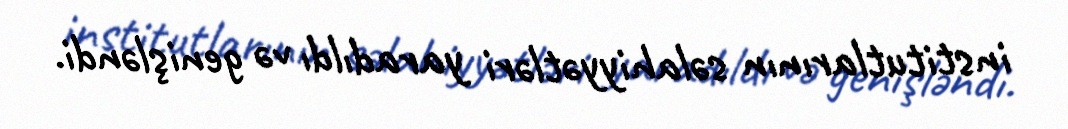
institutlarının səlahiyyətləri yaradıldı və genişləndi.